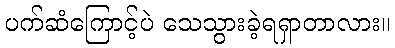
ပက်ဆံကြောင့်ပဲ သေသွားခဲ့ရရှာတာလား။